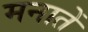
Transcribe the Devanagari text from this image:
मनातें